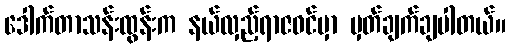
ဒေါက်တာသန်းထွန်းက နယ်လှည့်ရာဇဝင်မှာ မှတ်ချက်ချပါတယ်။